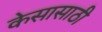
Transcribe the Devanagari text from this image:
केसासाठी